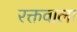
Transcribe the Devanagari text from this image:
रक्तवाला